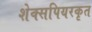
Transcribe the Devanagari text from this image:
शेक्सपियरकृत